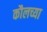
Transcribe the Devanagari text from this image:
कौलच्या